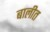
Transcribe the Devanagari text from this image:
बालीत